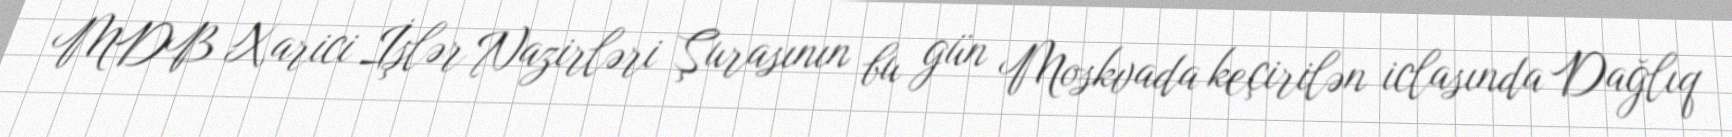
MDB Xarici İşlər Nazirləri Şurasının bu gün Moskvada keçirilən iclasında Dağlıq